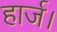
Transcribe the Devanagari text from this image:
हार्ज।